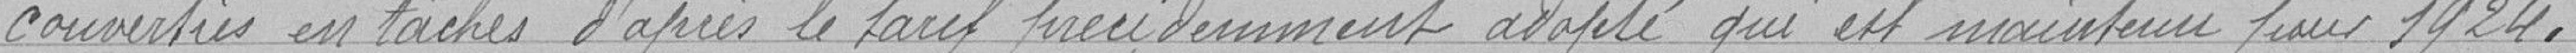
converties en tâches d'après le tarif précédemment adopté qui est maintenu pour 1924.